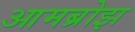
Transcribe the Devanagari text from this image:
आमब्रोझ